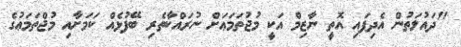
"ދައުލަތުން އެދިފައި އޮތީ ނާޒިމް އަކީ މުޖުތަަމަޢަށް ނުރައްކާތެރި ބޭފުޅެއް ކަމަށާއި މުޖްތަމަޢުގެ